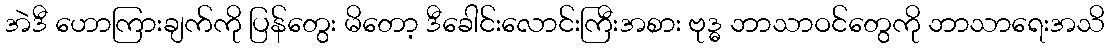
အဲဒီ ဟောကြားချက်ကို ပြန်တွေး မိတော့ ဒီခေါင်းလောင်းကြီးအစား ဗုဒ္ဓ ဘာသာဝင်တွေကို ဘာသာရေးအသိ